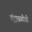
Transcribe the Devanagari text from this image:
चंद्रावळीची